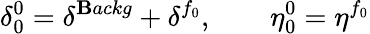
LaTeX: \delta_{0}^{0}=\delta^{\mathbf{B}ackg}+\delta^{f_{0}},\qquad\eta_{0}^{0}=\eta^{f_{0}}